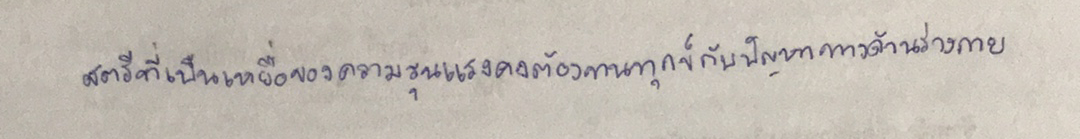
สตรีที่เป็นเหยื่อของความรุนแรงคงต้องทนทุกข์กับปัญหาทางด้านร่างกาย